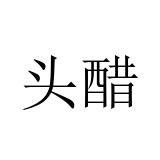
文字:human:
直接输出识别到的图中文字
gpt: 头醋